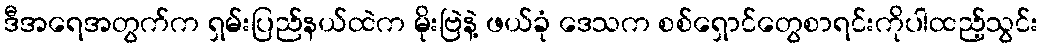
ဒီအရေအတွက်က ရှမ်းပြည်နယ်ထဲက မိုးဗြဲနဲ့ ဖယ်ခုံ ဒေသက စစ်ရှောင်တွေစာရင်းကိုပါထည့်သွင်း